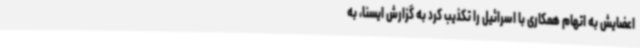
اعضایش به اتهام همکاری با اسرائیل را تکذیب کرد به گزارش ایسنا، به